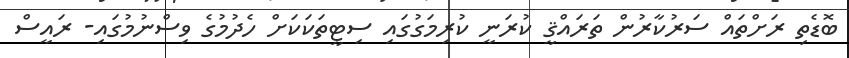
ބޮޑެތި ރަށްތައް ސަރުކާރުން ތަރައްޤީ ކުރަނީ ކުރިމަގުގައި ސިޓީތަކަކަށް ހެދުމުގެ ވިސްނުމުގައި- ރައީސް